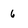
Character: 6